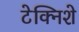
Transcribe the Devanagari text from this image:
टेक्निशे